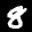
Label: 8